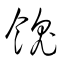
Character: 餽